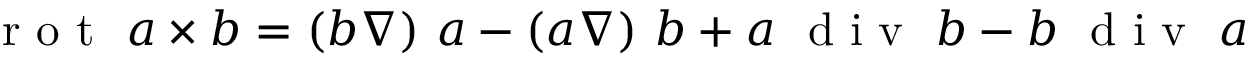
\textrm { r o t } \ a \times b = ( b \nabla ) \ a - ( a \nabla ) \ b + a \ \textrm { d i v } \ b - b \ \textrm { d i v } \ a